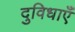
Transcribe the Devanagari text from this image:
दुविधाएँ